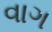
વાગ